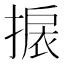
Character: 𢲙